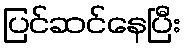
ပြင်ဆင်နေပြီး